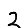
Digit: 2